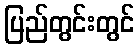
ပြည်တွင်းတွင်